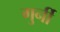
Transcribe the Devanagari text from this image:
गुर्नी